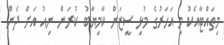
މިތައްޓާއެކު މި އަހަރުގެ މުޅި ސީޒަން ކާމިޔާބު ކުރަން ނިއު އަށް ދެން